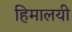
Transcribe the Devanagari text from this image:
हिमालयी